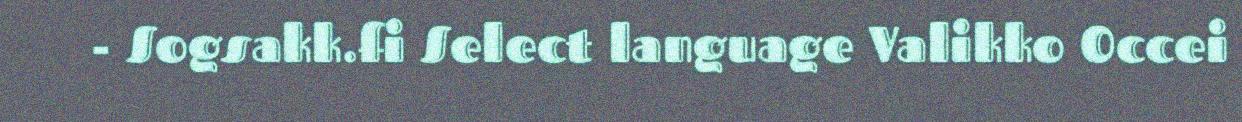
- Sogsakk.fi Select language Valikko Occei